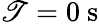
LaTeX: \mathscr{T}=0~\mathrm{{s}}